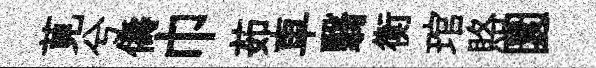
莧兮儔巾茹車翳衡琯賂圜